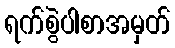
ရက်စွဲပါစာအမှတ်